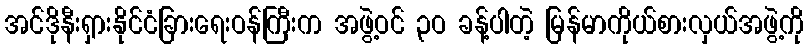
အင်ဒိုနီးရှားနိုင်ငံခြားရေးဝန်ကြီးက အဖွဲ့ဝင် ၃ဝ ခန့်ပါတဲ့ မြန်မာကိုယ်စားလှယ်အဖွဲ့ကို